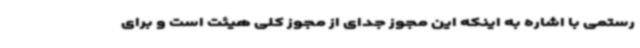
رستمی با اشاره به اینکه این مجوز جدای از مجوز کلی هیئت است و برای